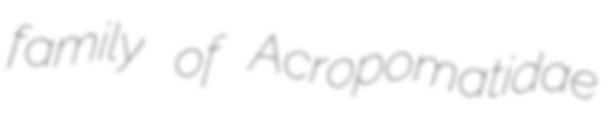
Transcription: family of Acropomatidae